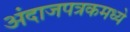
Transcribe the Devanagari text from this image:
अंदाजपत्रकमध्ये